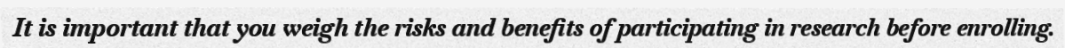
It is important that you weigh the risks and benefits of participating in research before enrolling.